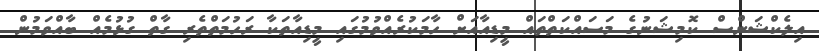
އިލެކްޝަންސް ކޮމިޝަނުގެ މަސައްކަތްތައް މީޑިއާއަށް ހާމަކުރެއްވުމުގައި މީޑިއާތަކާ ރަހުމަތްތެރި ގާތް ގުޅުމެއް ބާއްވަމުން